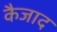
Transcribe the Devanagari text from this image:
कैजाद